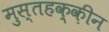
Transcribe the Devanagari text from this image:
मुस्तहक़्क़ीन